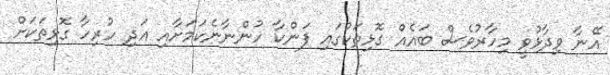
އޭނާ ވިދާޅުވީ މިހާރުވެސް ބައެއް ގޮޅިތަކުގައި ފަންކާ ހުންނާނެކަމަށާއި އަދި ހުރިހާ ގޮޅިތަކަށް